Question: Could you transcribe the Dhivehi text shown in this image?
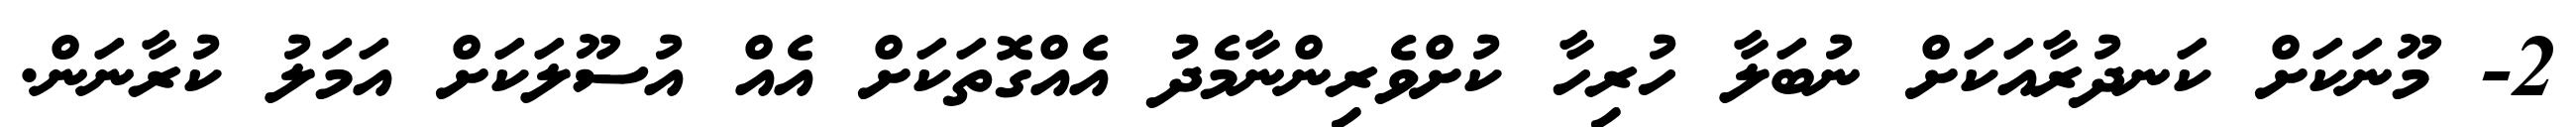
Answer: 2- މޫނަކަށް ކަނދުރާއަކަށް ނުބަލާ ހުރިހާ ކުށްވެރިންނާމެދު އެއްގޮތަކަށް އެއް އުސޫލަކަށް އަމަލު ކުރާނަން.